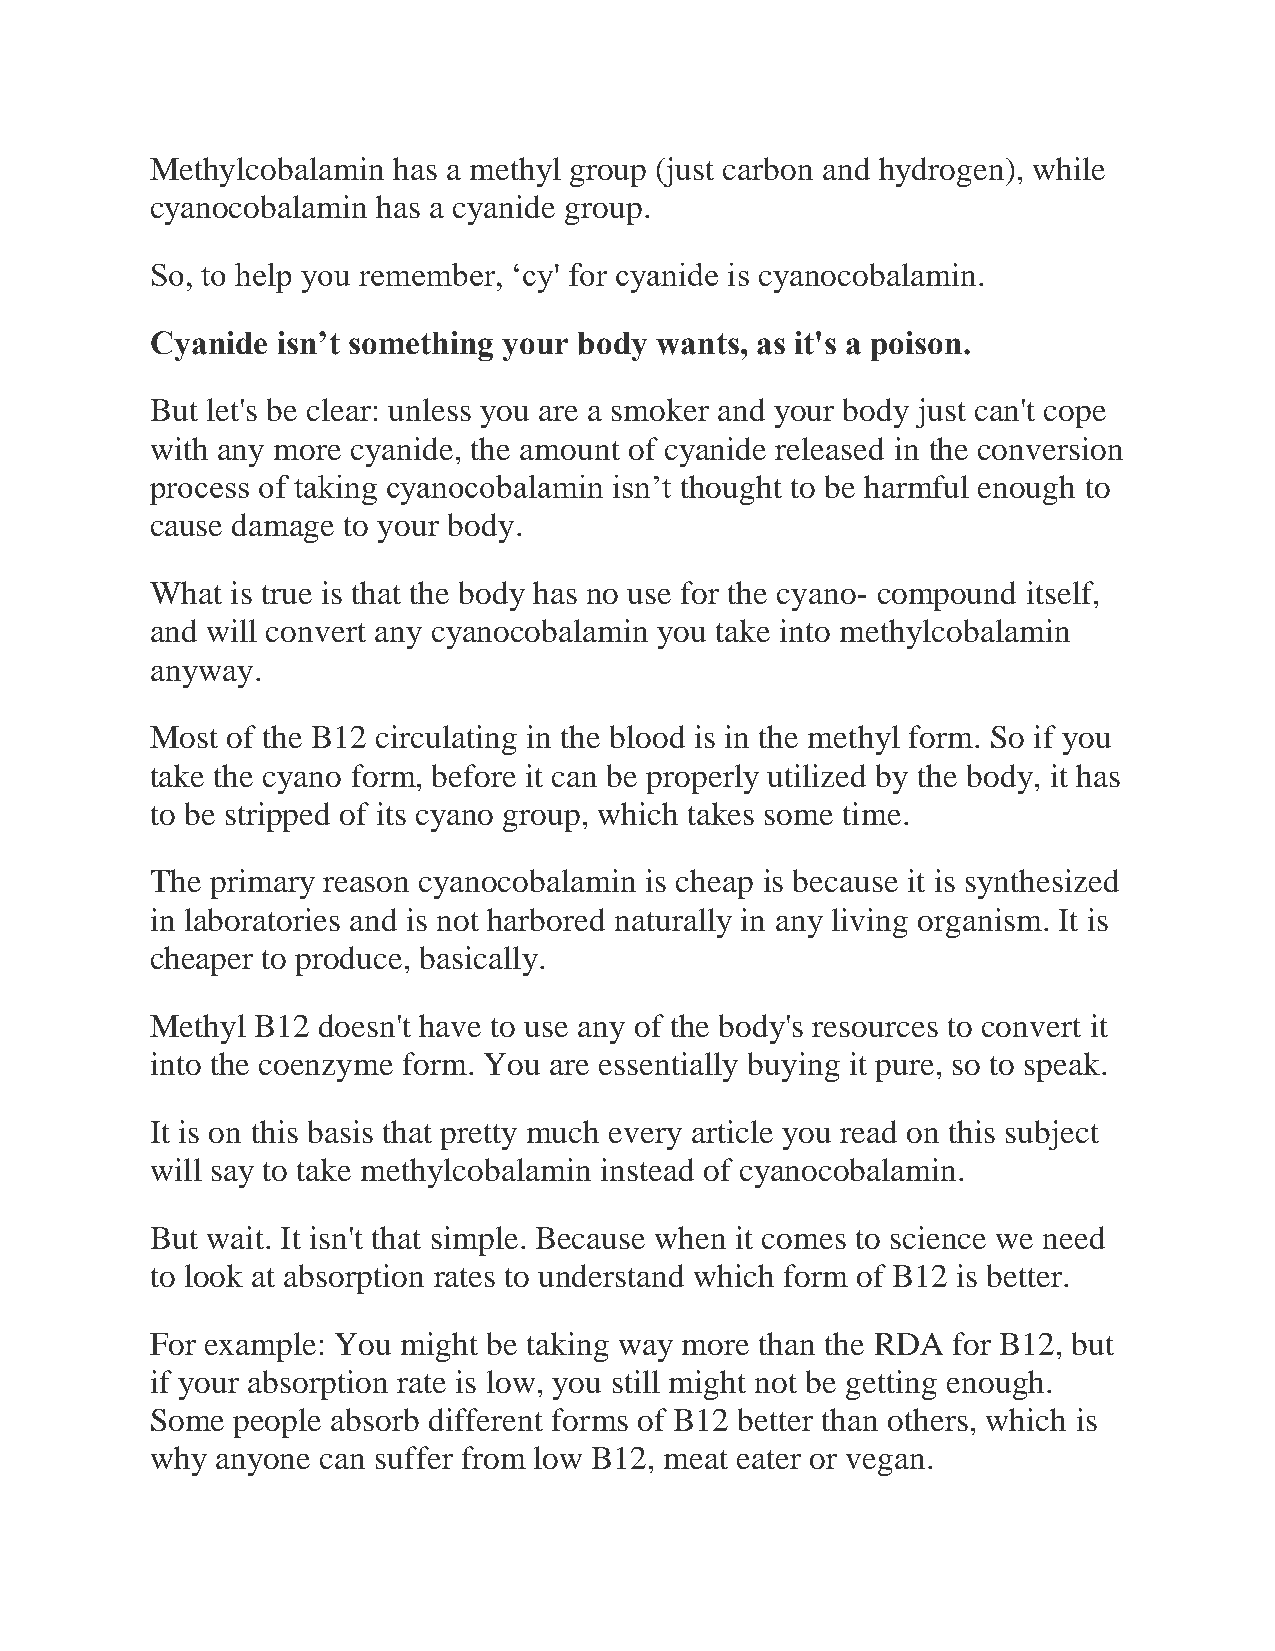
Methylcobalamin has a methyl group (just carbon and hydrogen), while
 cyanocobalamin has a cyanide group.
 So, to help you remember, ‘cy' for cyanide is cyanocobalamin.
 Cyanide isn’t something your body wants, as it's a poison.
 But let's be clear: unless you are a smoker and your body just can't cope
 with any more cyanide, the amount of cyanide released in the conversion
 process of taking cyanocobalamin isn’t thought to be harmful enough to
 cause damage to your body.
 What is true is that the body has no use for the cyano- compound itself,
 and will convert any cyanocobalamin you take into methylcobalamin
 anyway.
 Most of the B12 circulating in the blood is in the methyl form. So if you
 take the cyano form, before it can be properly utilized by the body, it has
 to be stripped of its cyano group, which takes some time.
 The primary reason cyanocobalamin is cheap is because it is synthesized
 in laboratories and is not harbored naturally in any living organism. It is
 cheaper to produce, basically.
 Methyl B12 doesn't have to use any of the body's resources to convert it
 into the coenzyme form. You are essentially buying it pure, so to speak.
 It is on this basis that pretty much every article you read on this subject
 will say to take methylcobalamin instead of cyanocobalamin.
 But wait. It isn't that simple. Because when it comes to science we need
 to look at absorption rates to understand which form of B12 is better.
 For example: You might be taking way more than the RDA for B12, but
 if your absorption rate is low, you still might not be getting enough.
 Some people absorb different forms of B12 better than others, which is
 why anyone can suffer from low B12, meat eater or vegan.